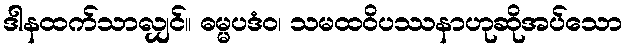
ဒါနထက်သာလျှင်။ ဓမ္မပဒံဝ၊ သမထဝိပဿနာဟုဆိုအပ်သော